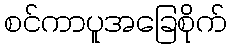
စင်ကာပူအခြေစိုက်